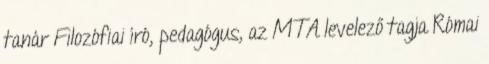
tanár Filozófiai író, pedagógus, az MTA levelező tagja Római